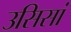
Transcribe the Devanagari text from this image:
उसिसां